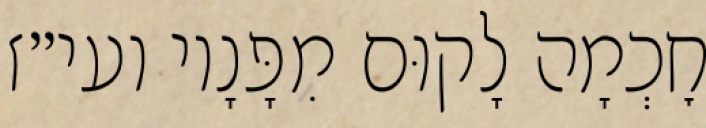
חׇכְמָה לָקוּם מִפָּנָיו ועי״ז